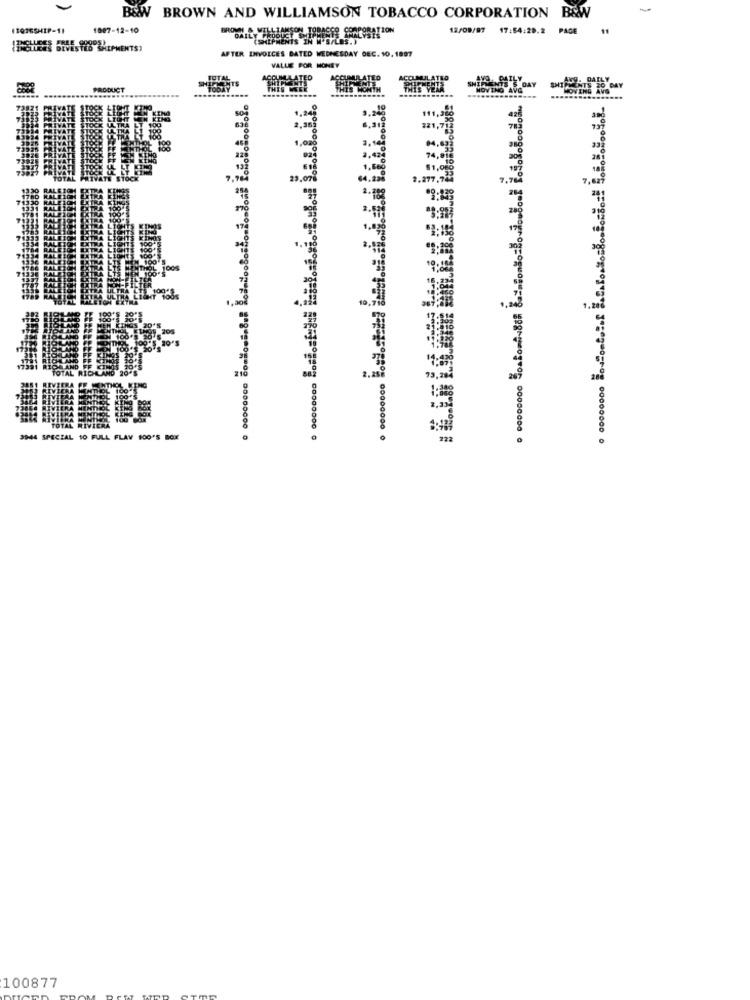
B&W BROWN AND WILLIAMSON TOBACCO CORPORATION B&W
1887-12-10
12/09/97
17:54:28.2 PAGE
DAILY PRODUCT SHIP
(SHIPMENTS IN W'S/LES.)
LINESON TOBACCO CORPORATION
ISWEER DIVESTES SHIPMENTS)
AFTER INVOICES BATED WEDNESDAY DEC. 10. 1897
VALLE FOR HONEY
IMULATIO
SHIPMENTS SVO
PRODUCT
THIS MONTH
MOVING AVG
ATS TO DAY
.............
2,369
221,7
1,50
23.078
10,7
1.
3944 SPECIAL 10 FULL FLAY 100'S BOX
100877